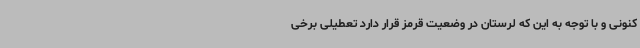
کنونی و با توجه به این که لرستان در وضعیت قرمز قرار دارد تعطیلی برخی